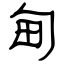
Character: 甸